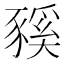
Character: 豯